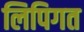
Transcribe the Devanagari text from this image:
लिपिगत